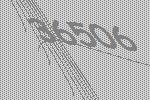
36506